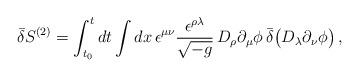
LaTeX: \begin{align*}\bar\delta S^{(2)}=\int_{t_0}^tdt\int dx\,\epsilon^{\mu\nu}\frac{\epsilon^{\rho\lambda}}{\sqrt{-g}}\,D_\rho\partial_\mu\phi\,\bar\delta\bigl(D_\lambda\partial_\nu\phi\bigr)\,,\end{align*}